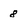
Character: 8